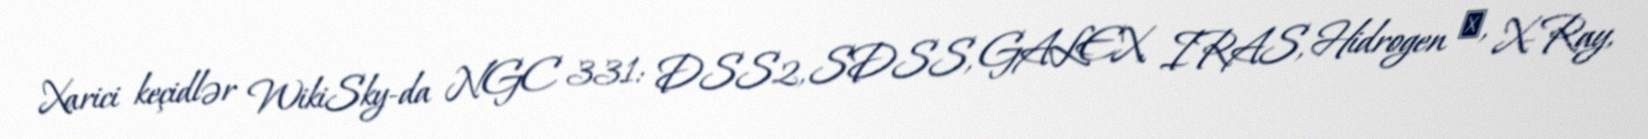
Xarici keçidlər WikiSky-da NGC 331: DSS2, SDSS, GALEX, IRAS, Hidrogen α, X-Ray,